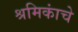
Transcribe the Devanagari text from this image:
श्रमिकांचे